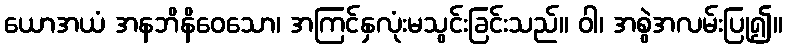
ယောအယံ အနဘိနိဝေသော၊ အကြင်နှလုံးမသွင်းခြင်းသည်။ ဝါ၊ အစွဲအလမ်းပြု၍။